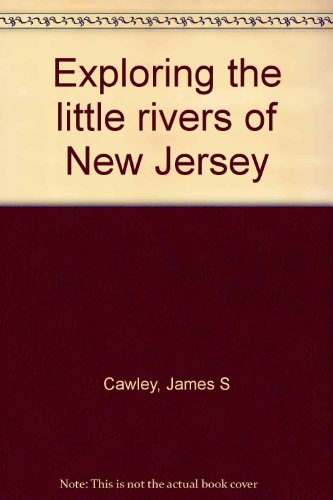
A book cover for Exploring the little rivers of New Jersey; James Cawley; Travel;